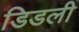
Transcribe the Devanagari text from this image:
डिडली